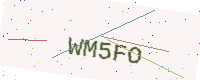
Text: WM5FO